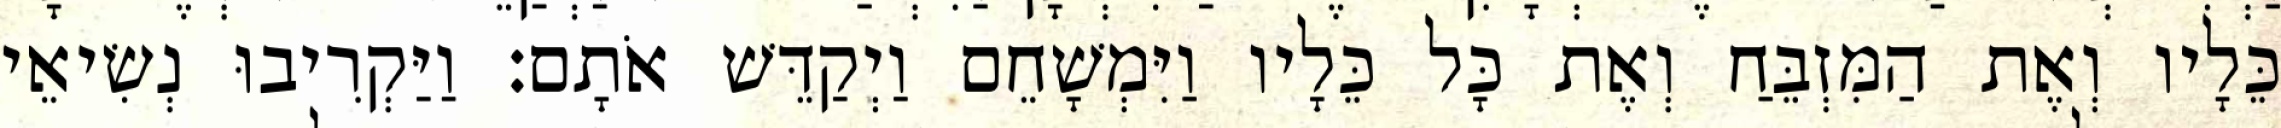
כֵּלָיו וְאֶת הַמִּזְבֵּחַ וְאֶת כָּל כֵּלָיו וַיִּמְשָׁחֵם וַיְקַדֵּשׁ אֹתָם׃ וַיַּקְרִיבוּ נְשִׂיאֵי